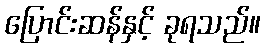
ပြောင်းဆန်နှင့် ခုရသည်။